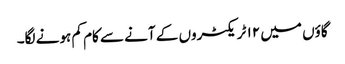
گاؤں میں ۱۲ ٹریکٹروں کے آنے سے کام کم ہونے لگا۔